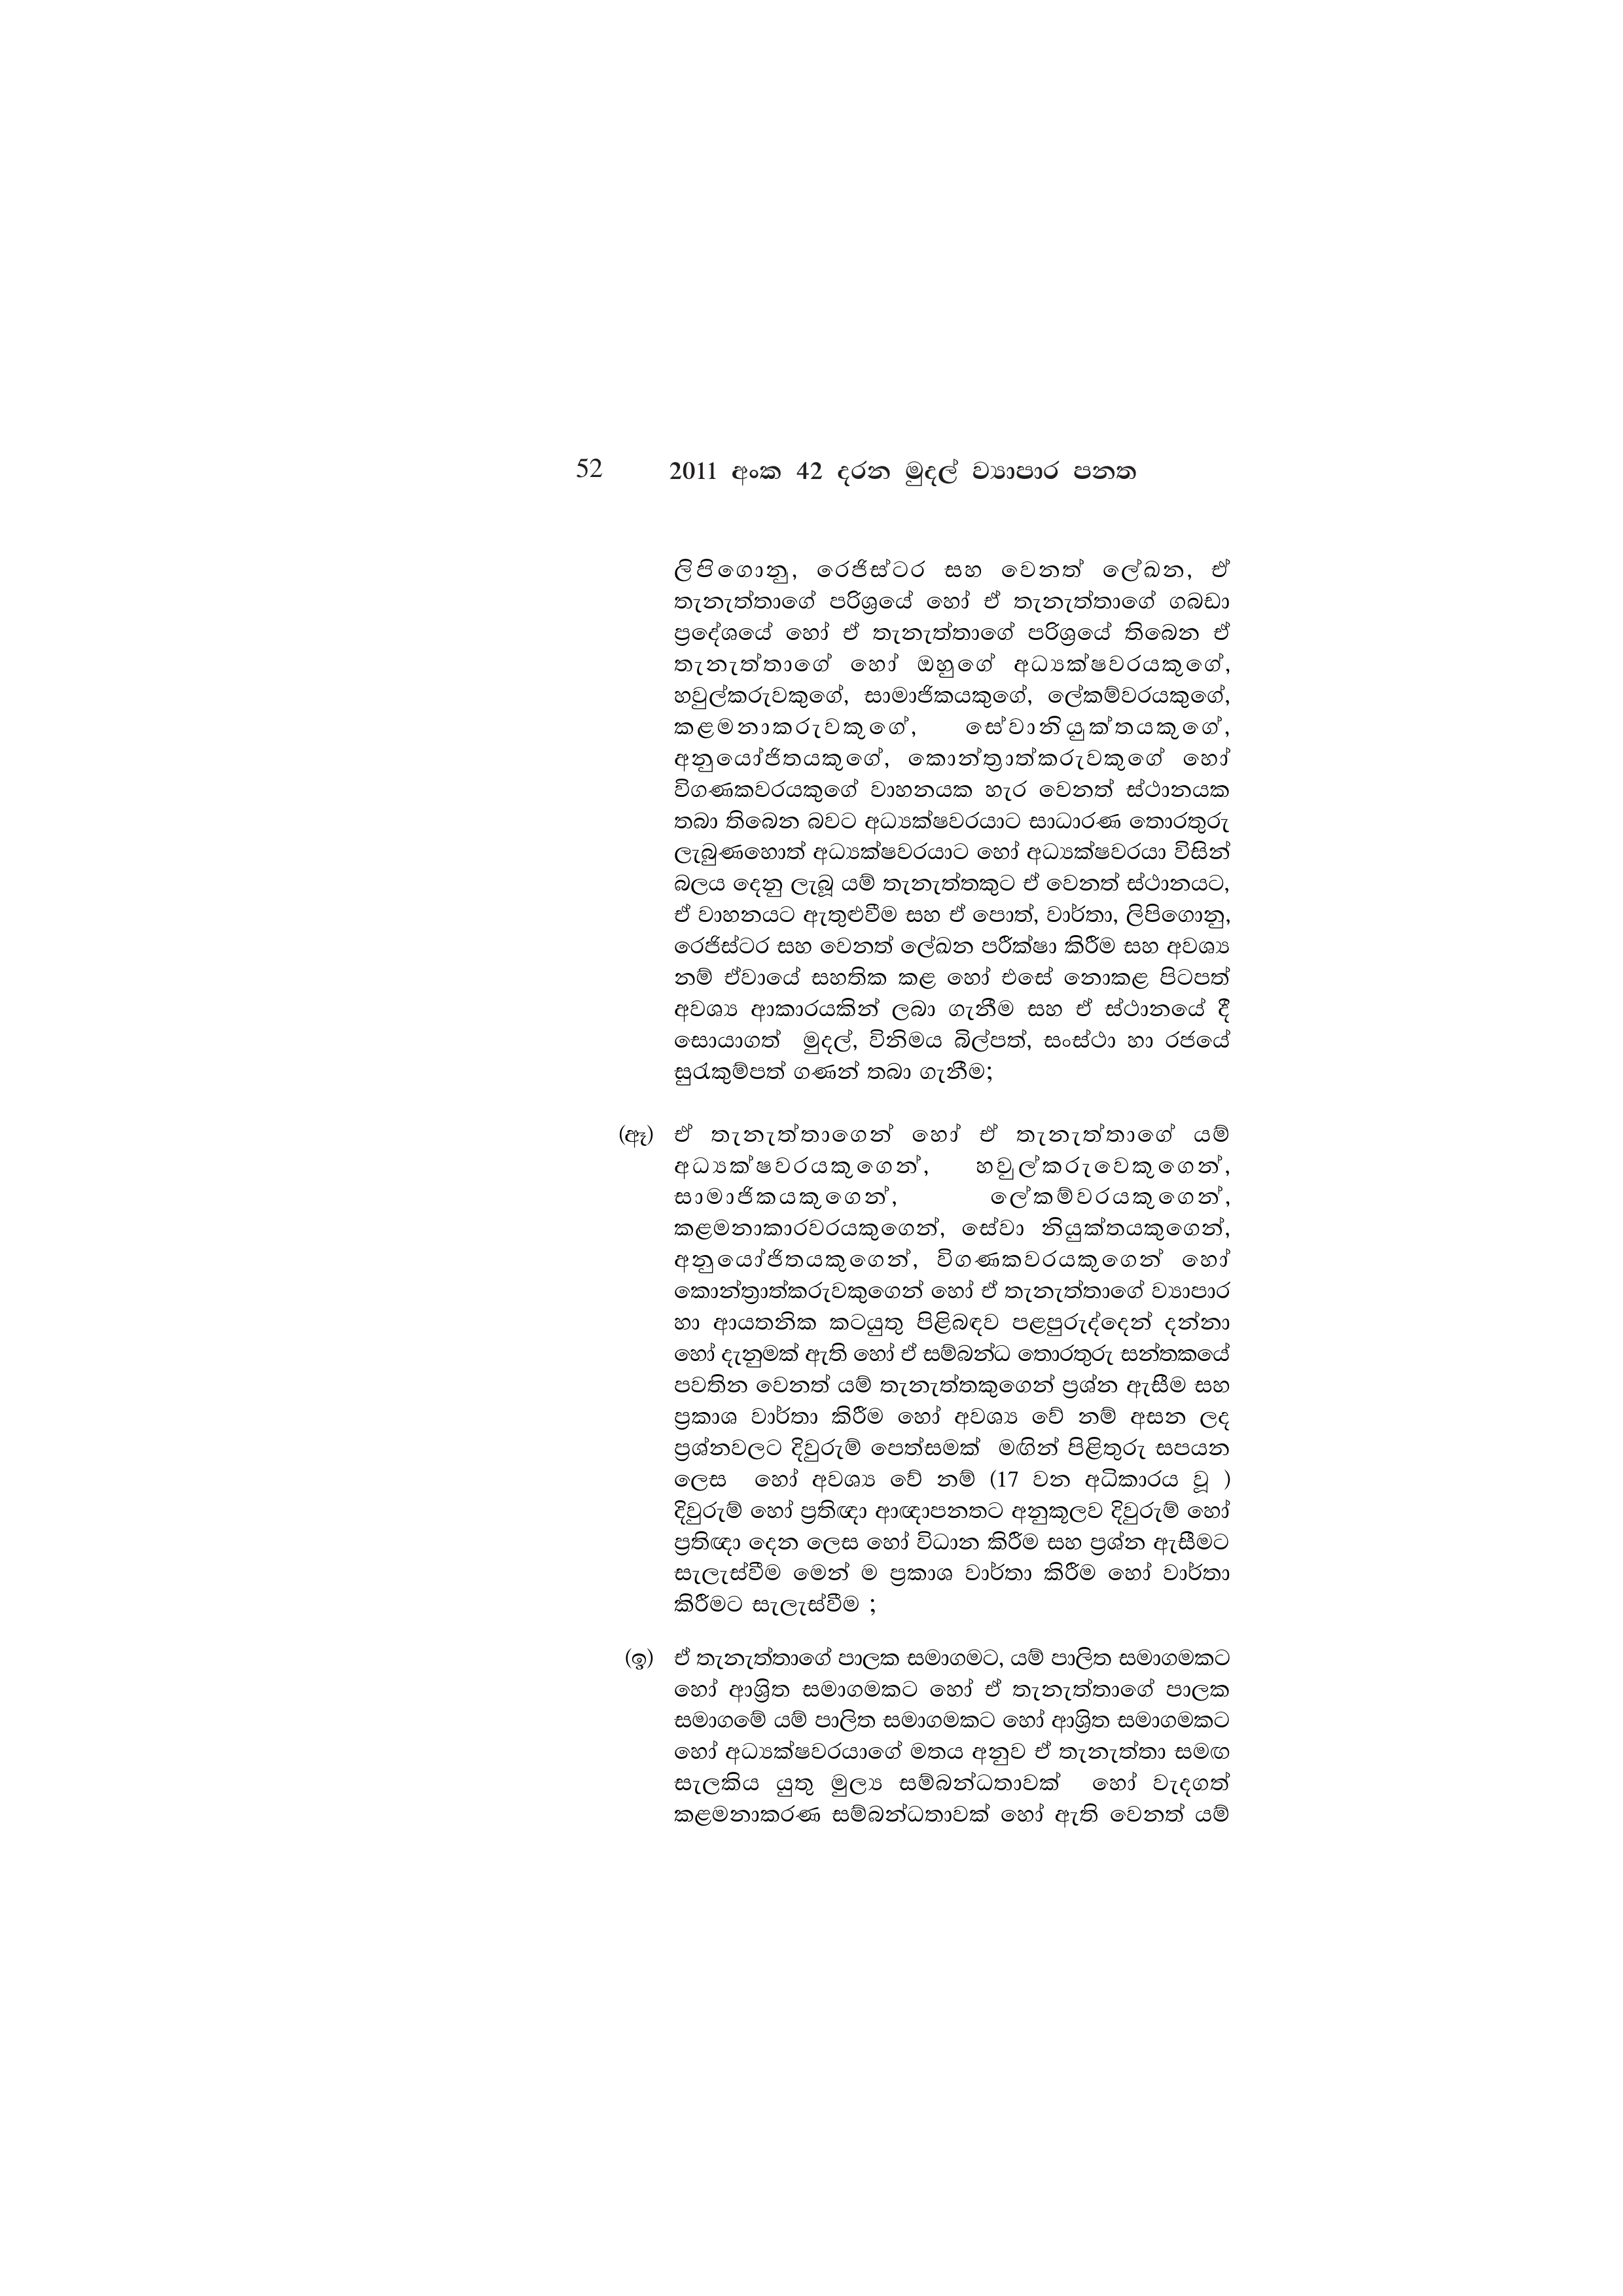
52 2011 අංක 42 දරන මුදල් ව්‍යාපාර පනත

ලිපිගොනු, රෙජිස්ටර සහ වෙනත් ලේඛන, ඒ
තැනැත්තාගේ පරිශ්‍රයේ හෝ ඒ තැනැත්තාගේ ගබඩා
ප්‍රදේශයේ හෝ ඒ තැනැත්තාගේ පරිශ්‍රයේ තිබෙන ඒ
තැනැත්තාගේ හෝ ඔහුගේ අධ්‍යක්ෂවරයකුගේ,
හවුල්කරුවකුගේ, සාමාජිකයකුගේ, ලේකම්වරයකුගේ,
කළමනාකරුවකුගේ, සේවානියුක්තයකූගේ,
අනුයෝජිතයකුගේ, කොන්ත්‍රාත්කරුවකුගේ හෝ
විගණකවරයකුගේ වාහනයක හැර වෙනත් ස්ථානයක
තබා තිබෙන බවට අධ්‍යක්ෂවරයාට සාධාරණ තොරතුරු
ලැබුණහොත් අධ්‍යක්ෂවරයාට හෝ අධ්‍යක්ෂවරයා විසින්
බලය දෙනු ලැබූ යම් තැනැත්තකුට ඒ වෙනත් ස්ථානයට,
ඒ වාහනයට ඇතුළුවීම සහ ඒ පොත්, වාර්තා, ලිපිගොනු,
රෙජිස්ටර සහ වෙනත් ලේඛන පරීක්ෂා කිරීම සහ අවශ්‍ය
නම් ඒවායේ සහතික කළ හෝ එසේ නොකළ පිටපත්
අවශ්‍ය ආකාරයකින් ලබා ගැනීම සහ ඒ ස්ථානයේ දී
සොයාගත් මුදල්, විනිමය බිල්පත්, සංස්ථා හා රජයේ
සුරැකුම්පත් ගණන් තබා ගැනීම;

(ඈ) ඒ තැනැත්තාගෙන් හෝ ඒ තැනැත්තාගේ යම්
අධ්‍යක්ෂවරයකුගෙන්, හවුල්කරුවෙකුගෙන්,
සාමාජිකයකුගෙන්, ලේකම්වරයකුගෙන්,
කළමනාකාරවරයකුගෙන්, සේවා නියුක්තයකුගෙන්,
අනුයෝජිතයකුගෙන්, විගණකවරයකුගෙන් හෝ
කොන්ත්‍රාත්කරුවකුගෙන් හෝ ඒ තැනැත්තාගේ ව්‍යාපාර
හා ආයතනික කටයුතු පිළිබඳව පළපුරුද්දෙන් දන්නා
හෝ දැනුමක් ඇති හෝ ඒ සම්බන්ධ තොරතුරු සන්තකයේ
පවතින වෙනත් යම් තැනැත්තකුගෙන් ප්‍රශ්න ඇසීම සහ
ප්‍රකාශ වාර්තා කිරීම හෝ අවශ්‍ය වේ නම් අසන ලද
ප්‍රශ්නවලට දිවුරුම් පෙත්සමක් මඟින් පිළිතුරු සපයන
ලෙස හෝ අවශ්‍ය වේ නම් (17 වන අධිකාරය වූ )
දිවුරුම් හෝ ප්‍රතිඥා ආඥාපනතට අනුකූලව දිවුරුම්
ප්‍රතිඥා දෙන ලෙස හෝ විධාන කිරීම සහ ප්‍රශ්න ඇසීමට
සැලැස්වීම මෙන් ම ප්‍රකාශ වාර්තා කිරීම හෝ වාර්තා
කිරීමට සැලැස්වීම ;

(ඉ) ඒ තැනැත්තාගේ පාලක සමාගමට, යම් පාලිත සමාගමකට
හෝ ආශ්‍රිත සමාගමකට හෝ ඒ තැනැත්තාගේ පාලක
සමාගමේ යම් පාලිත සමාගමකට හෝ ආශ්‍රිත සමාගමකට
හෝ අධ්‍යක්ෂවරයාගේ මතය අනුව ඒ තැනැත්තා සමඟ
සැලකිය යුතු මුල්‍ය සම්බන්ධතාවක් හෝ වැදගත්
කළමනාකරණ සම්බන්ධතාවක් හෝ ඇති වෙනත් යම්